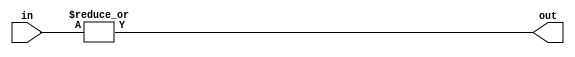
module or_gate(
  input [63:0] in,
  output reg out
);

always @* begin
  out = |in;
end

endmodule